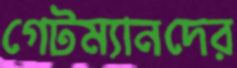
গেটম্যানদের